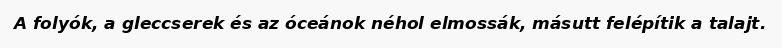
A folyók, a gleccserek és az óceánok néhol elmossák, másutt felépítik a talajt.